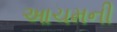
આચમની